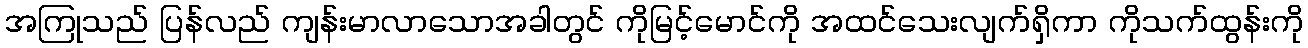
အကြုသည် ပြန်လည် ကျန်းမာလာသောအခါတွင် ကိုမြင့်မောင်ကို အထင်သေးလျက်ရှိကာ ကိုသက်ထွန်းကို